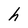
Character: h